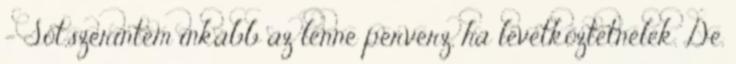
- Sőt,szerintem inkább az lenne perverz, ha levetkőztetnélek. De.